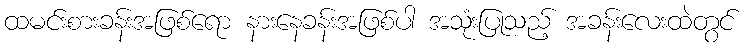
ထမင်းစားခန်းအဖြစ်ရော နားနေခန်းအဖြစ်ပါ အသုံးပြုသည့် အခန်းလေးထဲတွင်